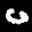
Label: 0